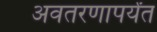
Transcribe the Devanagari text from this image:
अवतरणापर्यंत